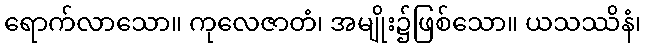
ရောက်လာသော။ ကုလေဇာတံ၊ အမျိုး၌ဖြစ်သော။ ယသဿိနံ၊